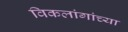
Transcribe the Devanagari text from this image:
विकलांगांच्या